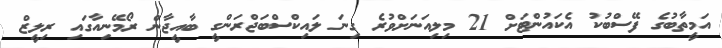
އަމީތާބުގެ ފޭސްބުކު އެކައުންޓަށް 21 މިލިއަނަށްވުރެ ގިނަ ލައިކްސްބަޖްރަންގީ ބާއީޖާން ރޯމޭނިއާގައި ރިލީޒް